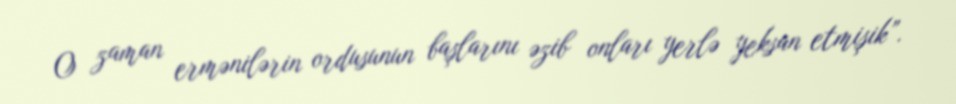
O zaman ermənilərin ordusunun başlarını əzib onları yerlə yeksan etmişik”.